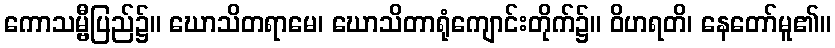
ကောသမ္ဗီပြည်၌။ ဃောသိတရာမေ၊ ဃောသိတာရုံကျောင်းတိုက်၌။ ဝိဟရတိ၊ နေတော်မူ၏။